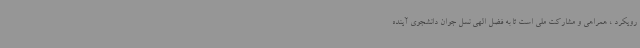
رویکرد ، همراهی و مشارکت ملی است تا به فضل الهی نسل جوان دانشجوی آینده